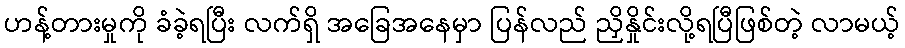
ဟန့်တားမှုကို ခံခဲ့ရပြီး လက်ရှိ အခြေအနေမှာ ပြန်လည် ညှိနှိုင်းလို့ရပြီဖြစ်တဲ့ လာမယ့်